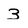
Character: 3